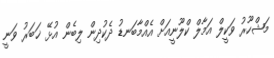
މަޝްހޫރު ވަކީލް އަމާލް ކްލޫނީއަށް އެއްމާބަނޑު ދެކުދިން ލިބެން އުޅޭ ޚަބަރު ވަނީ